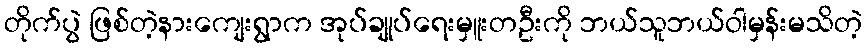
တိုက်ပွဲ ဖြစ်တဲ့နားကျေးရွာက အုပ်ချုပ်ရေးမှူးတဦးကို ဘယ်သူဘယ်ဝါမှန်းမသိတဲ့